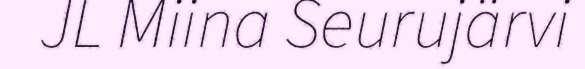
JL Miina Seurujärvi